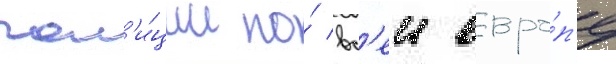
пол'и́ции по́ вс'еи евро́п'е